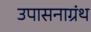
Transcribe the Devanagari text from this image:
उपासनाग्रंथ